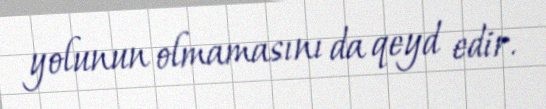
yolunun olmamasını da qeyd edir.